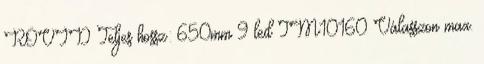
RÖVID Teljes hossz: 650mm 9 led TM10160 Válasszon max.